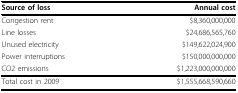
<table><thead><tr><td><b>Source of loss</b></td><td><b>Annual cost</b></td></tr></thead><tbody><tr><td>Congestion rent</td><td>$8,360,000,000</td></tr><tr><td>Line losses</td><td>$24,686,565,760</td></tr><tr><td>Unused electricity</td><td>$149,622,024,900</td></tr><tr><td>Power interruptions</td><td>$150,000,000,000</td></tr><tr><td>CO2 emissions</td><td>$1,223,000,000,000</td></tr><tr><td>Total cost in 2009</td><td>$1,555,668,590,660</td></tr></tbody></table>